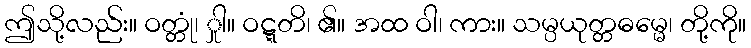
ဤသို့လည်း။ ဝတ္တုံ၊ ှုါ။ ဝဋ္ဋတိ၊ ၏။ အထ ဝါ၊ ကား။ သမ္ပယုတ္တဓမ္မေ၊ တို့ကို။